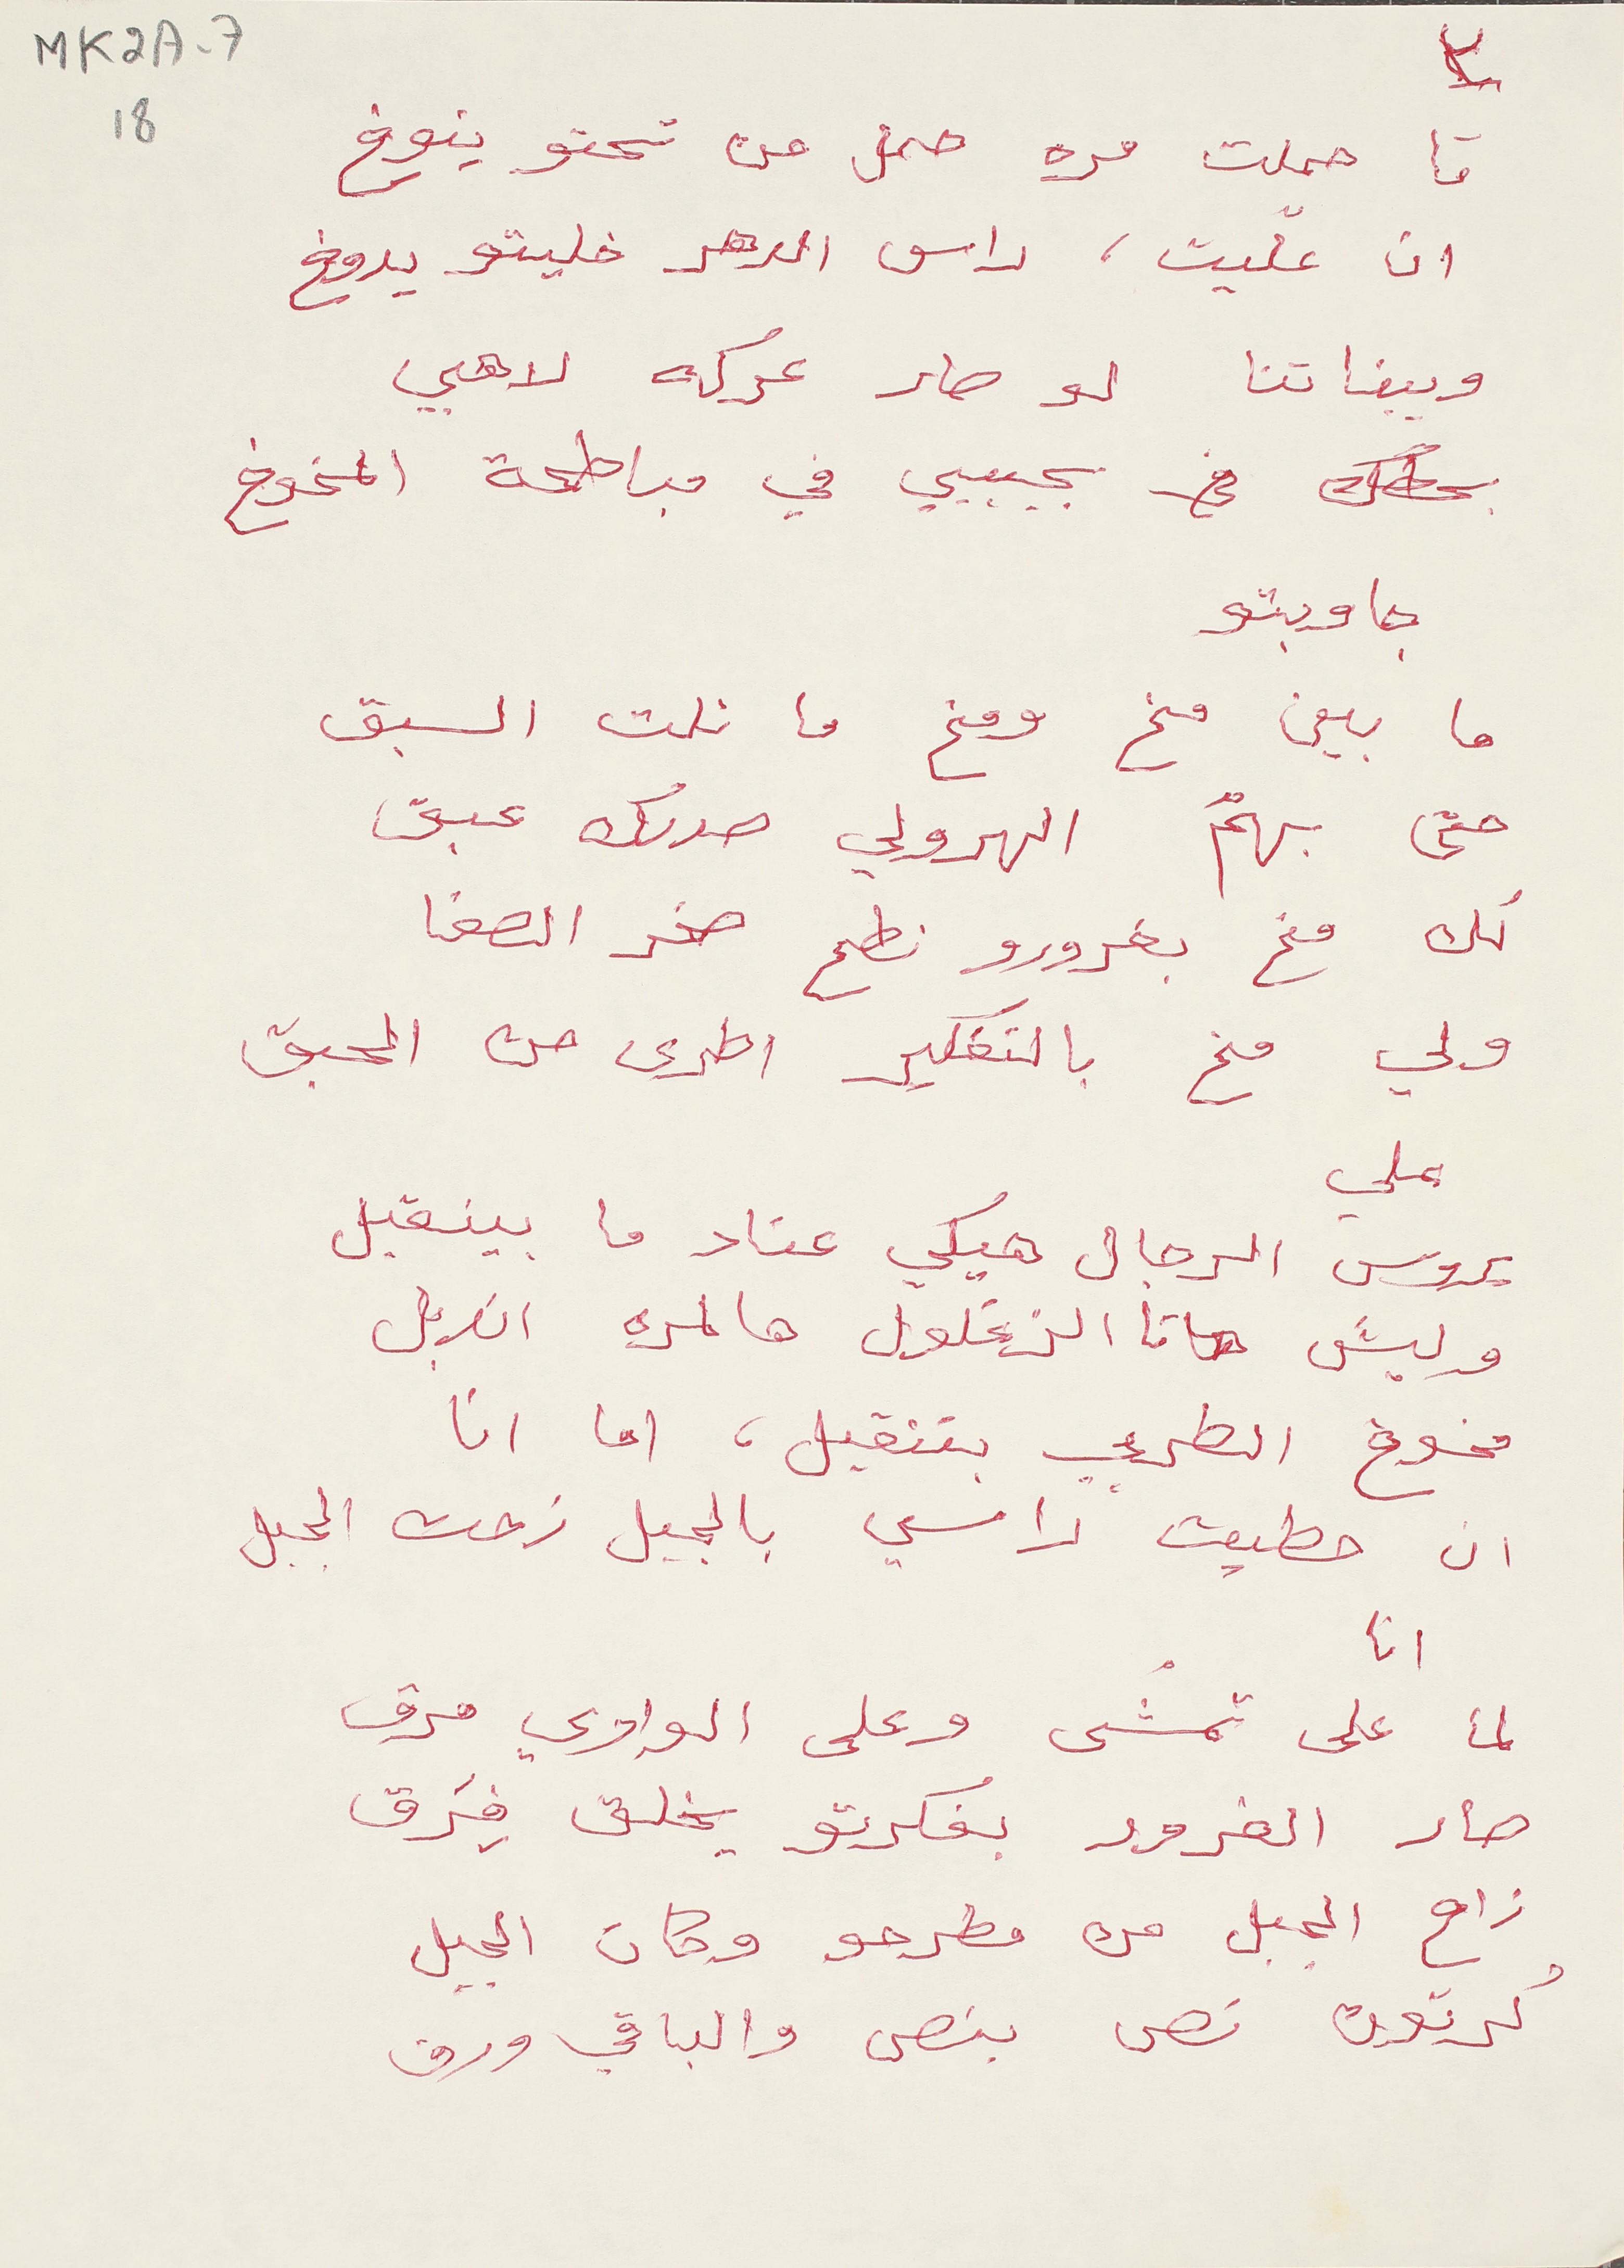
MK2A-718
تا حملت مره حمل من تحتو ينوخ
ان علّيت، راس الدهر خليتو يدوخ
وبيناتنا لو صار عركه لاهي
بحطك في بجيبي في مباطحة المخوخ
جاوبتو
ما بين مخ ومخ ما نلت السبق
حتى بهمّ الهرولي صدرك عبق
لك مخ بغرورو نطح صخر الصفا
ولي مخ بالتفكير اطرى من الحبق
علي
بروس الرجال هيكي عناد ما بينقبل
وليش تا الزغلول هالمره اندبل
مخوخ الطربي بتنقيل، اما انا
ان حطيت راسي بالجبل زحت الجبل
لما على تمشى وعلى الوادي مرق
صار الغرور بفكرتو يخلق فِرَق
زاح الجبل من مطرحو وكان الجبل
كرتون نص بنص والباقي ورق
٣
انا